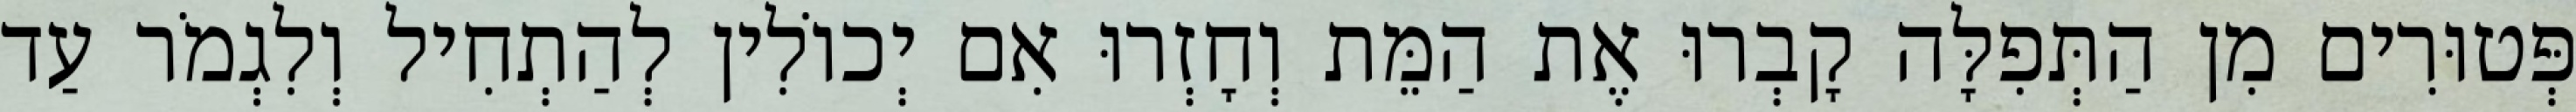
פְּטוּרִים מִן הַתְּפִלָּה קָבְרוּ אֶת הַמֵּת וְחָזְרוּ אִם יְכוֹלִין לְהַתְחִיל וְלִגְמֹר עַד